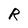
Character: R